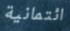
ائتمانية